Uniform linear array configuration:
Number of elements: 8
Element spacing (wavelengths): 1
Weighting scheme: blackman
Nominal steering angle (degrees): -30
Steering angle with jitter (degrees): -28.875
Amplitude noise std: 0.05
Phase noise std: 0.05

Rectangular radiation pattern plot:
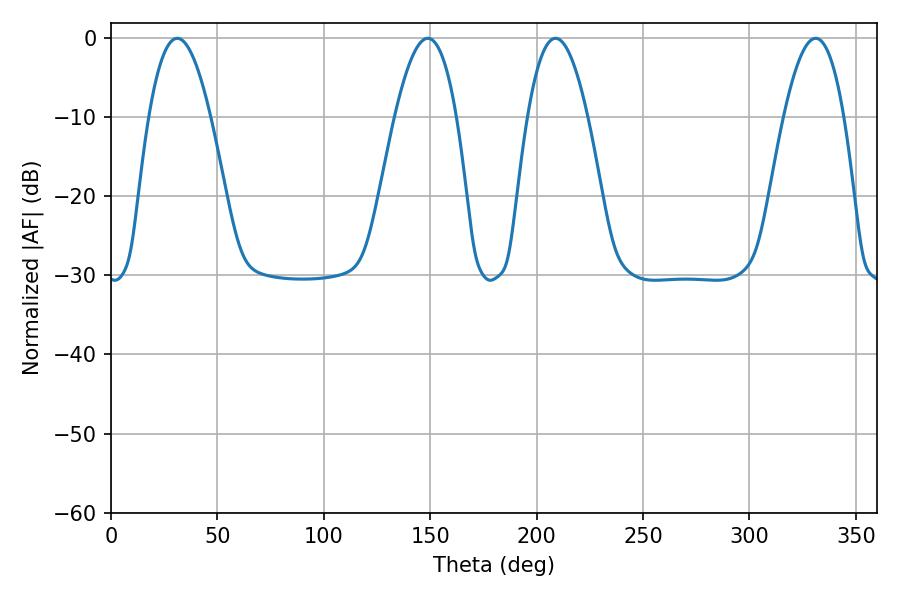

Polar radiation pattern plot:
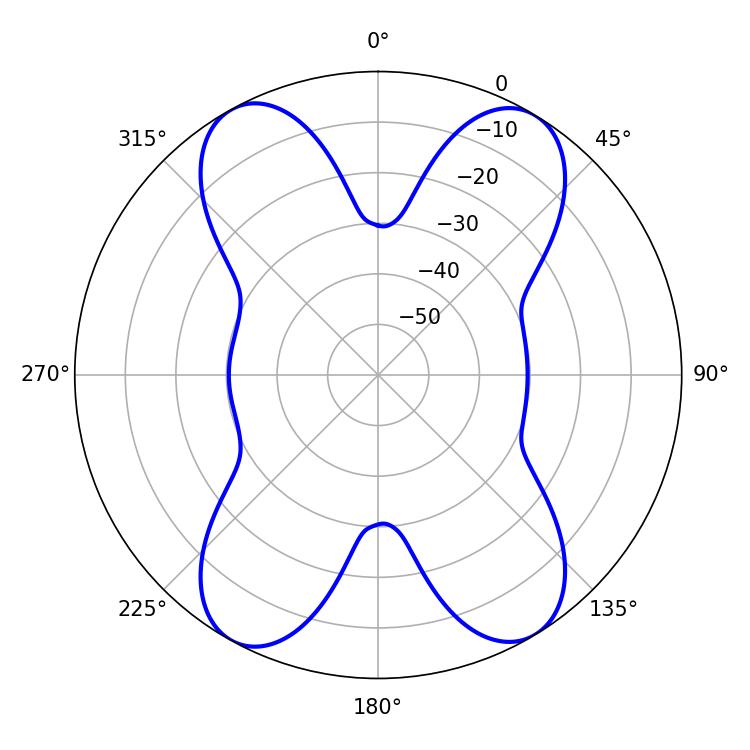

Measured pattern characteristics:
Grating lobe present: TRUE
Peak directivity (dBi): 18.517
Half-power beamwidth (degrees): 15.84
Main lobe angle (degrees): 31.14